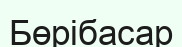
Бөрібасар